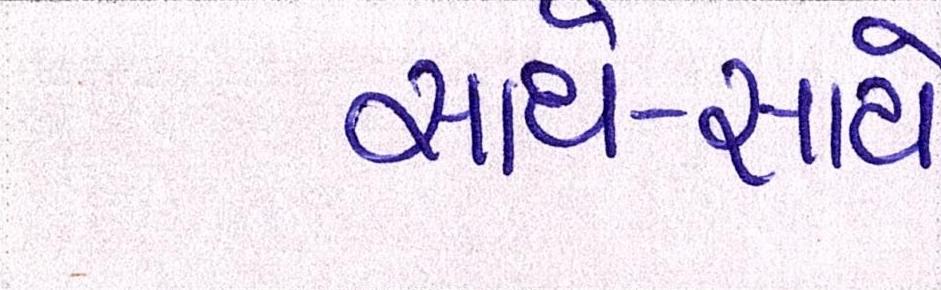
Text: સાથે-સાથે